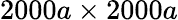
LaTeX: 2000a\times 2000a